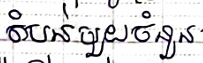
តំបន់មួយចំនួន